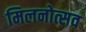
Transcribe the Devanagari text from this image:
मिलनोत्सव